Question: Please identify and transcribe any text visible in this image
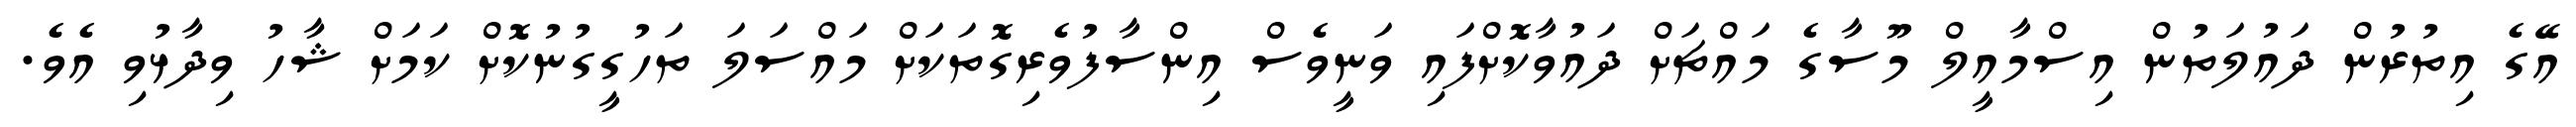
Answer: އޭގެ އިތުރުން ދައުލަތުން އިސްމާއީލް މޫސާގެ މައްޗަށް ދައުވާކޮށްފައި ވަނީވެސް އިންސާފުވެރިގޮތަކަށް މައްސަލަ ތަހުގީގުނުކޮށް ކަމަށް ޝާހު ވިދާޅުވި އެވެ.